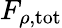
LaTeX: F_{\rho,\mathrm{tot}}